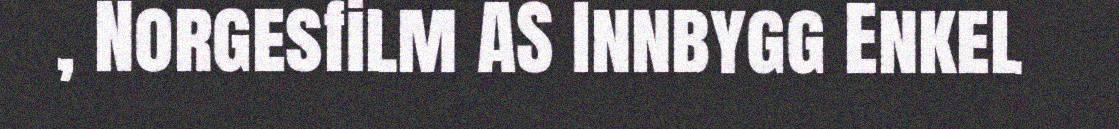
, Norgesfilm AS Innbygg Enkel